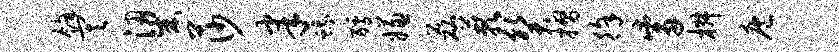
余其梁莎聿蛾醵嫌磊蔌癸摺徐觜椒庖